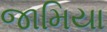
જામિયા